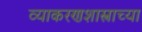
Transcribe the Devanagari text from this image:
व्याकरणशास्त्राच्या